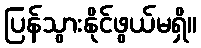
ပြန်သွားနိုင်ဖွယ်မရှိ။